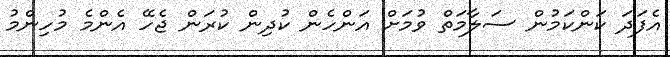
އެފަދަ ކަންކަމުން ސަލާމަތް ވުމަށް އަންހެން ކުދިން ކުރަން ޖެހޭ އެންމެ މުހިންމު